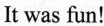
It was fun!